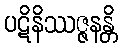
ပဋိနိဿဇ္ဇနန္တိ